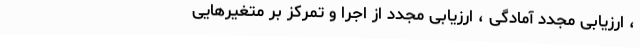
، ارزیابی مجدد آمادگی ، ارزیابی مجدد از اجرا و تمرکز بر متغیرهایی